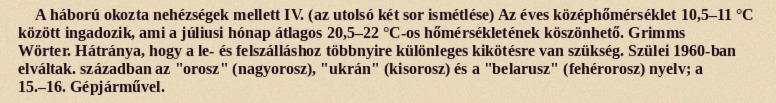
A háború okozta nehézségek mellett IV. (az utolsó két sor ismétlése) Az éves középhőmérséklet 10,5–11 °C között ingadozik, ami a júliusi hónap átlagos 20,5–22 °C-os hőmérsékletének köszönhető. Grimms Wörter. Hátránya, hogy a le- és felszálláshoz többnyire különleges kikötésre van szükség. Szülei 1960-ban elváltak. században az "orosz" (nagyorosz), "ukrán" (kisorosz) és a "belarusz" (fehérorosz) nyelv; a 15.–16. Gépjárművel.